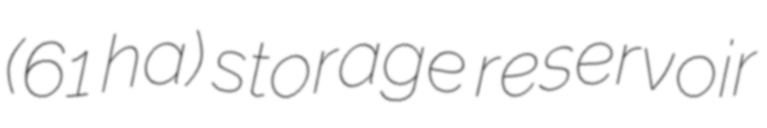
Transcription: (61 ha) storage reservoir